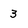
Character: 3